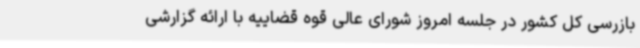
بازرسی کل کشور در جلسه امروز شورای عالی قوه قضاییه با ارائه گزارشی